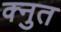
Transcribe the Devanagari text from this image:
क्नुत